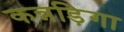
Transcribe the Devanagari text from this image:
कन्नड़िगा